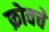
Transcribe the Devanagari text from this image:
क्रोवचे